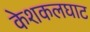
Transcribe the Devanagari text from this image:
केशकलघाट